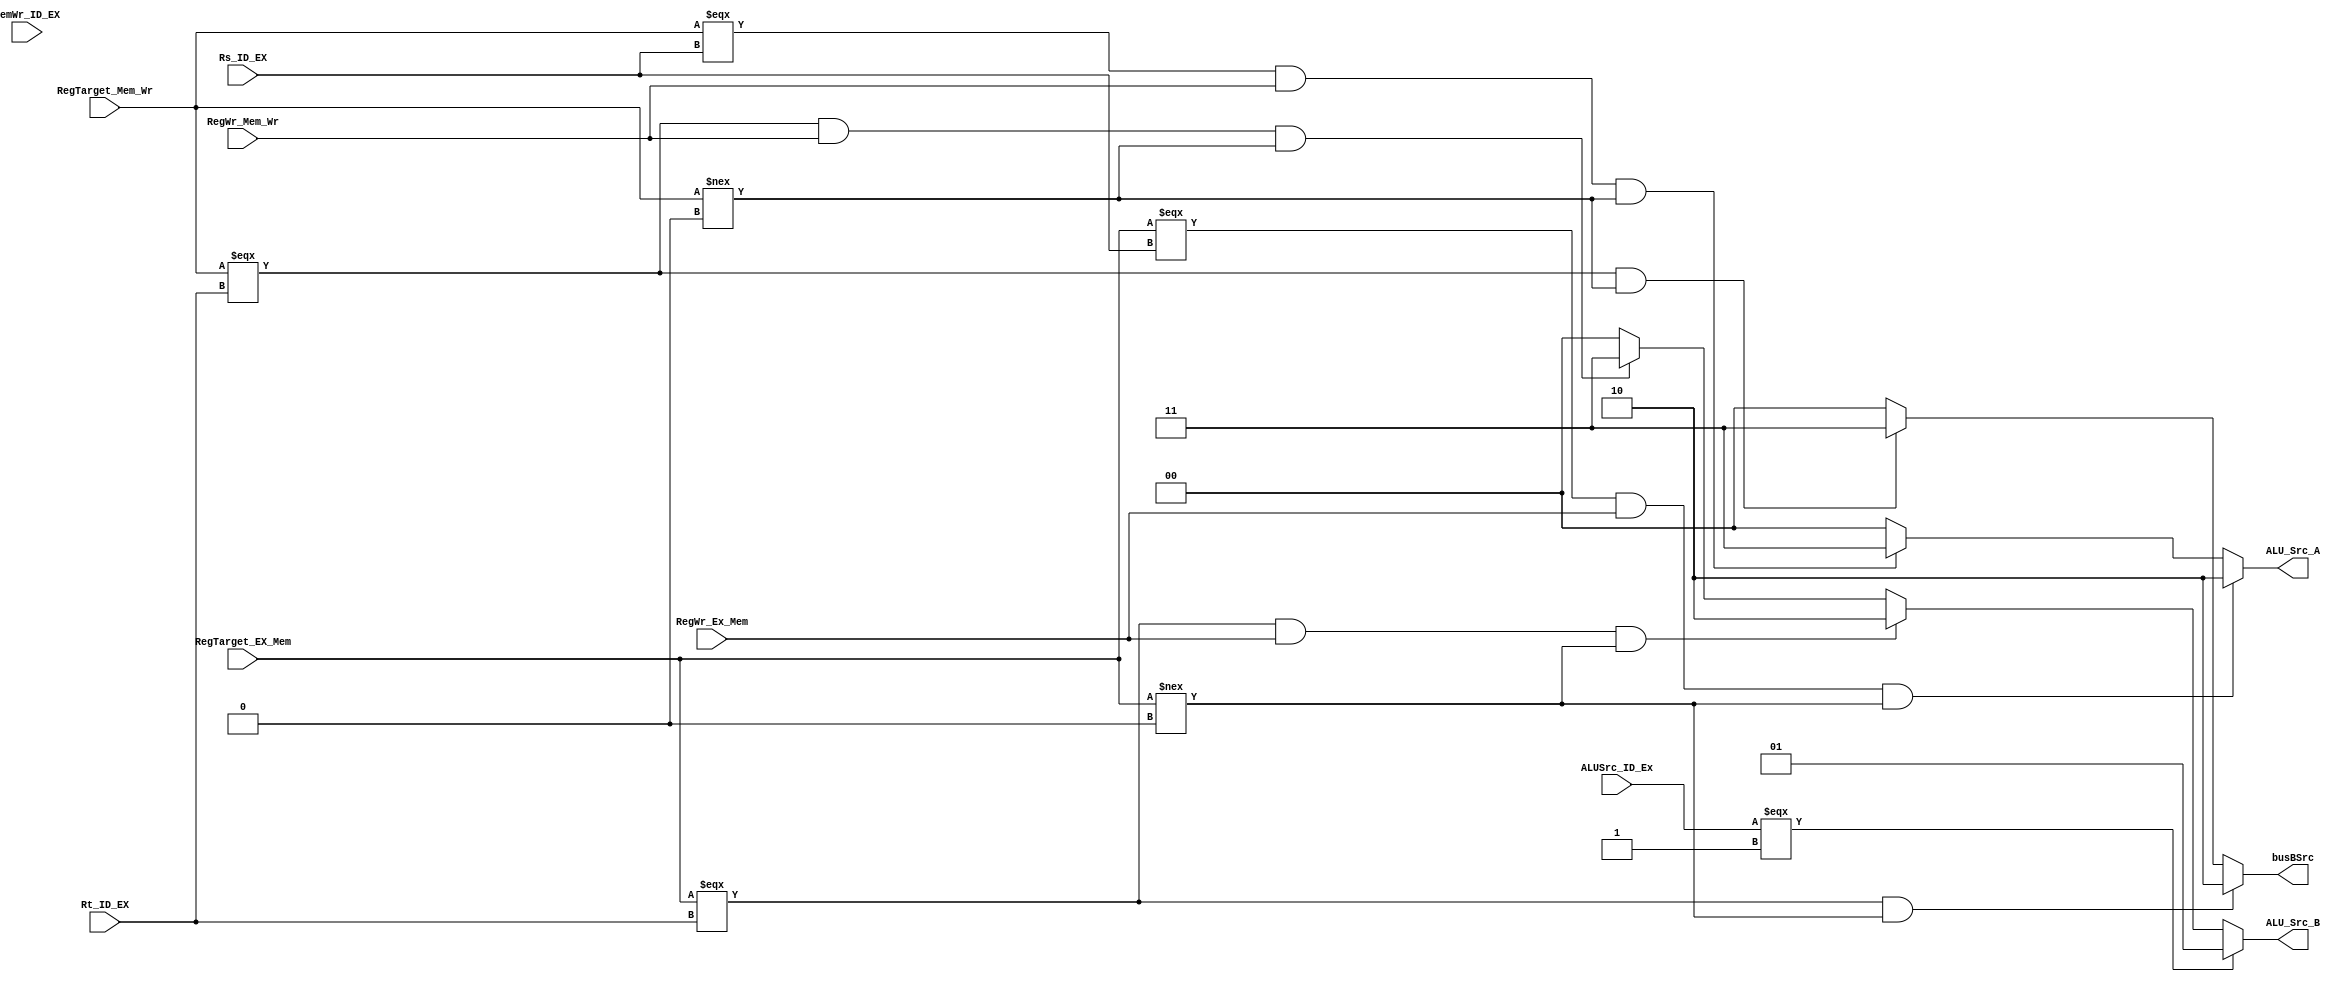
//
module Forwording_Unit_206(
    input[5-1:0]        RegTarget_EX_Mem,       // EX/MEM
    input[5-1:0]        RegTarget_Mem_Wr,       // Mem/Wr
    input[5-1:0]        Rs_ID_EX,               // ID/EX 
    input[5-1:0]        Rt_ID_EX,               // ID/EX 

    input               RegWr_Ex_Mem,           // Ex/Mem 
    input               RegWr_Mem_Wr,           // Mem_Wr  
    input               MemWr_ID_EX,            
    input               ALUSrc_ID_Ex,           // ID_Ex ALUSrc

    output reg[2-1:0]   ALU_Src_A,              //  ALU A
    output reg[2-1:0]   ALU_Src_B,              //  ALU B    
    output reg[2-1:0]   busBSrc                 //  busBload
);

    always @(*) begin
    //ALU A
        // C1A 
        if(RegTarget_EX_Mem === Rs_ID_EX && RegWr_Ex_Mem && RegTarget_EX_Mem !== 5'd0 ) begin
            ALU_Src_A <= 2'b10;
        end
        // C2A C3A 
        else if(RegTarget_Mem_Wr === Rs_ID_EX && RegWr_Mem_Wr && RegTarget_Mem_Wr !== 5'd0 ) begin
            ALU_Src_A <= 2'b11;            
        end
        // 
        else begin
            ALU_Src_A <=2'b00;
        end

    //ALU B
        // imm16B 
        if(ALUSrc_ID_Ex === 1'b1) begin
            ALU_Src_B <= 2'b01;

        end    
        // C1B 
        else if(RegTarget_EX_Mem === Rt_ID_EX && RegWr_Ex_Mem && RegTarget_EX_Mem !== 5'd0 ) begin
            ALU_Src_B <= 2'b10;
        end
        // C2B C3B 
        else if(RegTarget_Mem_Wr === Rt_ID_EX && RegWr_Mem_Wr && RegTarget_Mem_Wr !== 5'd0 ) begin
            ALU_Src_B <= 2'b11;
        end
        //
        else begin
            ALU_Src_B <= 2'b00;
        end

    //busB loadload busB
        // C1B 
        if(RegTarget_EX_Mem === Rt_ID_EX && RegTarget_EX_Mem !== 5'd0 ) begin
            busBSrc <= 2'b10;
        end
        // C2B C3B 
        else if(RegTarget_Mem_Wr === Rt_ID_EX && RegTarget_Mem_Wr !== 5'd0 ) begin
            busBSrc <= 2'b11;
        end
        //
        else begin
            busBSrc <= 2'b00;
        end

    end
endmodule